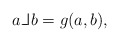
\begin{align*}a {\mathbin{\rm\vphantom{X}\hskip 1.1pt\hskip -0.5pt\_\hskip -0.3em\_\vrule width 0.5pt\hskip 1.7pt}} b = g(a,b) ,\end{align*}